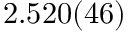
2 . 5 2 0 ( 4 6 )